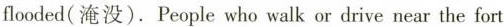
flooded(淹没).Peoplewho walk or drive near the fort